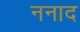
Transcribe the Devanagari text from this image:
ननाद